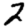
Digit: 2